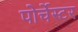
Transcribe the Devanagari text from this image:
पोर्चेस्टर